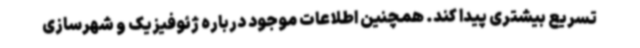
تسریع بیشتری پیدا کند. همچنین اطلاعات موجود درباره ژئوفیزیک و شهرسازی